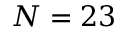
N = 2 3